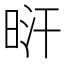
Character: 𣆙